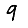
Digit: 9